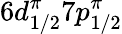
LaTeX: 6d_{1/2}^{\pi}7p_{1/2}^{\pi}